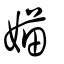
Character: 媌